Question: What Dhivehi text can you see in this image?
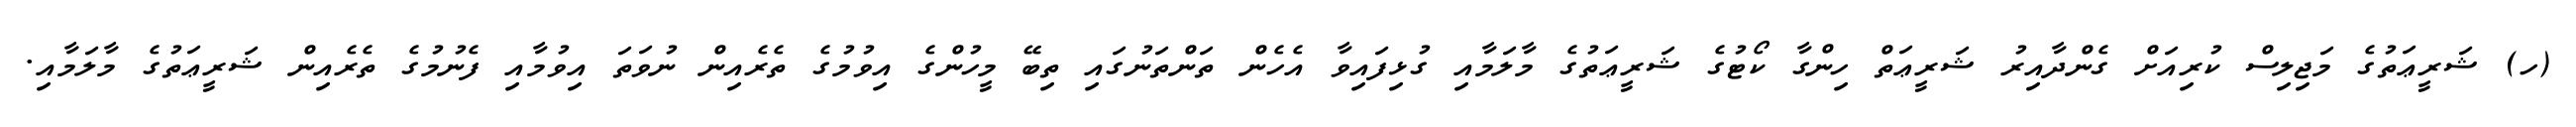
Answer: (ހ) ޝަރީޢަތުގެ މަޖިލިސް ކުރިއަށް ގެންދާއިރު ޝަރީޢަތް ހިންގާ ކޯޓުގެ ޝަރީޢަތުގެ މާލަމާއި ގުޅިފައިވާ އެހެން ތަންތަނުގައި ތިބޭ މީހުންގެ އިވުމުގެ ތެރެއިން ނުވަތަ އިވުމާއި ފެނުމުގެ ތެރެއިން ޝަރީޢަތުގެ މާލަމާއި.